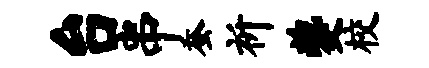
台串蚕祈夔校